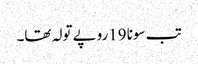
تب سونا 19روپے تولہ تھا۔